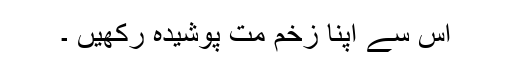
اس سے اپنا زخم مت پوشیدہ رکھیں ۔